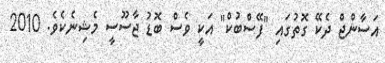
އަސާންޖް ދެކޭ ގޮތުގައި "ފޭސްބުކް" އަކީ ވެސް ބޮޑު ޖާސޫސީ މެޝިނެކެވެ. 2010